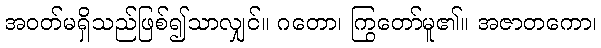
အဝတ်မရှိသည်ဖြစ်၍သာလျှင်။ ဂတော၊ ကြွတော်မူ၏။ အဇာတကော၊